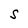
Character: S